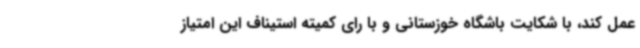
عمل کند، با شکایت باشگاه خوزستانی و با رای کمیته استیناف این امتیاز